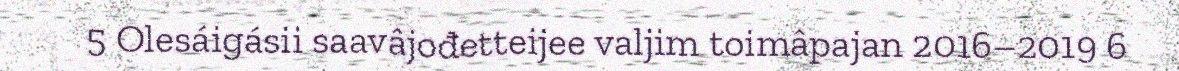
5 Olesáigásii saavâjođetteijee valjim toimâpajan 2016–2019 6